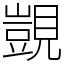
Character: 覬